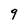
Character: 9